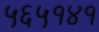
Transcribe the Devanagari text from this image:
५६५१४१